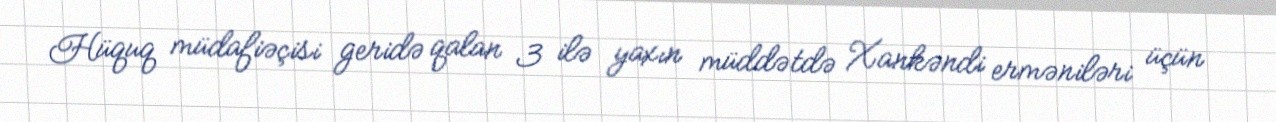
Hüquq müdafiəçisi geridə qalan 3 ilə yaxın müddətdə Xankəndi erməniləri üçün